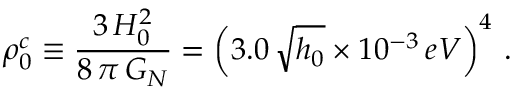
\rho _ { 0 } ^ { c } \equiv \frac { 3 \, H _ { 0 } ^ { 2 } } { 8 \, \pi \, G _ { N } } = \left( 3 . 0 \, \sqrt { h _ { 0 } } \times 1 0 ^ { - 3 } \, e V \right) ^ { 4 } \, .